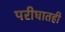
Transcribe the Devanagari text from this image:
परीघातही